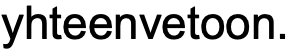
yhteenvetoon.